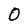
Character: O